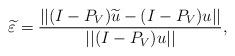
LaTeX: \begin{align*}\widetilde{\varepsilon}=\frac{||(I-P_{V})\widetilde{u}-(I-P_{V})u||}{||(I-P_{V})u||},\end{align*}